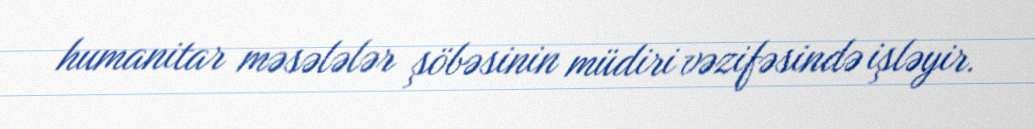
humanitar məsələlər şöbəsinin müdiri vəzifəsində işləyir.